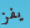
يفز